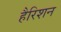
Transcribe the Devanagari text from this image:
हैरिशन